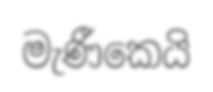
මැණීකෙයි